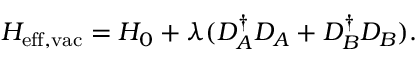
H _ { \mathrm { e f f , v a c } } = H _ { 0 } + \lambda ( D _ { A } ^ { \dagger } D _ { A } + D _ { B } ^ { \dagger } D _ { B } ) .